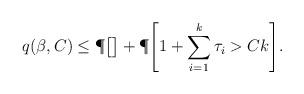
LaTeX: \begin{align*} q(\beta,C) &\leq \P\bigl[\bigr] + \P\Biggl[ 1+\sum_{i=1}^k\tau_i > Ck \Biggr]. \end{align*}